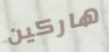
هاركين